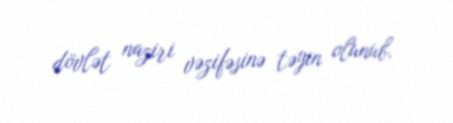
dövlət naziri vəzifəsinə təyin olunub.